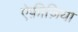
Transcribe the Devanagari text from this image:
ऐफ़ीज़िया